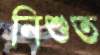
নিশুত